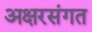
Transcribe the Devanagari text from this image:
अक्षरसंगत